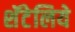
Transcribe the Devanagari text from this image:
शॅटेलिये